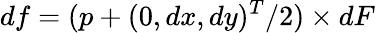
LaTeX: df=(p+(0,dx,dy)^{T}/2)\times dF